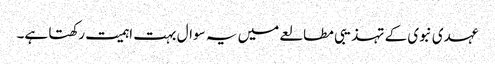
عہدی نبوی کے تہذیبی مطالعے میں یہ سوال بہت اہمیت رکھتا ہے۔